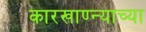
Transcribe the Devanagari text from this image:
कारखाण्न्याच्या